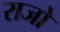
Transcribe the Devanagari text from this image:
राजो